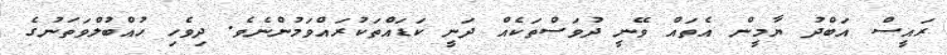
ރައީސް އަބްދު ޔާމީން އެތައް ވޭނީ ދުވަސްތަކެއް ދަނީ ކަޑައްތަކުރައްވަމުންނެވެ. ދިވެހި ހުއްބުލްވަތަނުގެ